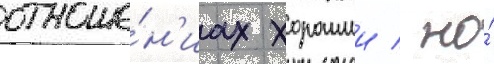
отноше́н'иах хорошии / но́